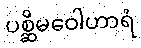
ပစ္ဆိမဝေါဟာရံ